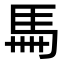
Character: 𩡧